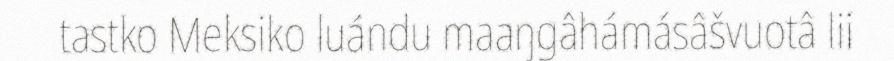
tastko Meksiko luándu maaŋgâhámásâšvuotâ lii